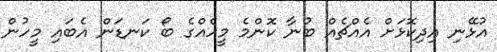
އުޅޭނި އިދިކޮޅަށް އެއްޗެއް ބުނާ ކޮންމެ މީހެއްގެ ބޯ ކަނޑަން އެބައި މީހުން